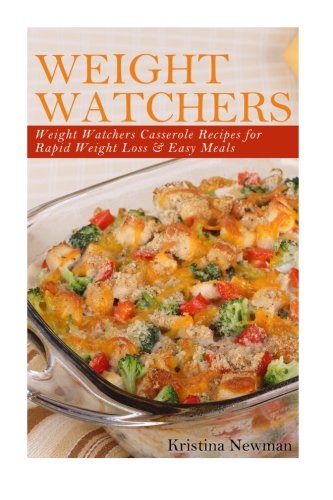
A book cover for Weight Watchers - Weight Watcher Casseroles Recipes For  Rapid Weight Loss; Kristina Newman; Cookbooks, Food & Wine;